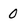
Character: 0